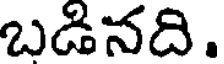
బడినది.